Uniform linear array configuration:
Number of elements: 16
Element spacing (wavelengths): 0.5
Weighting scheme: hann
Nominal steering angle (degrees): -45
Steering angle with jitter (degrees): -46.766
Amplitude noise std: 0.05
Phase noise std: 0.05

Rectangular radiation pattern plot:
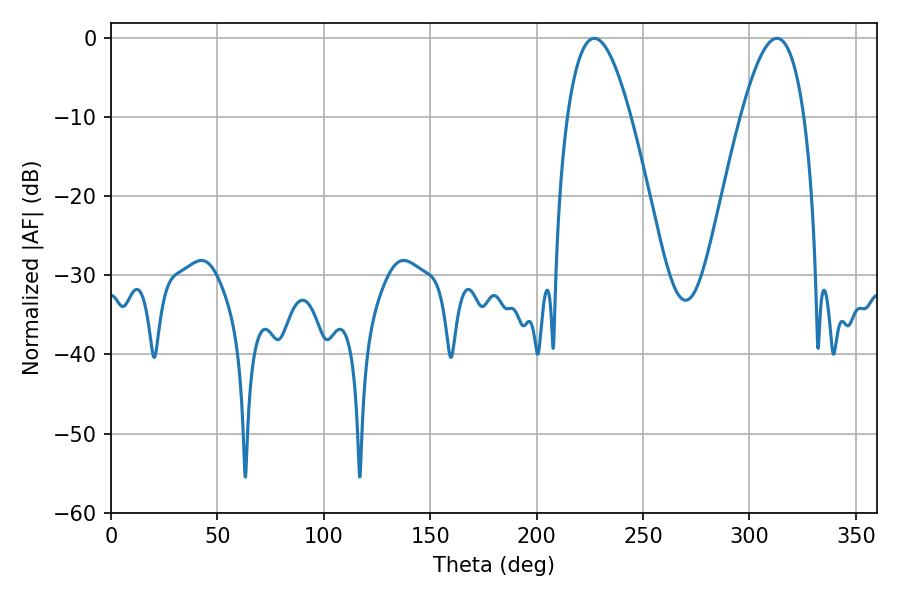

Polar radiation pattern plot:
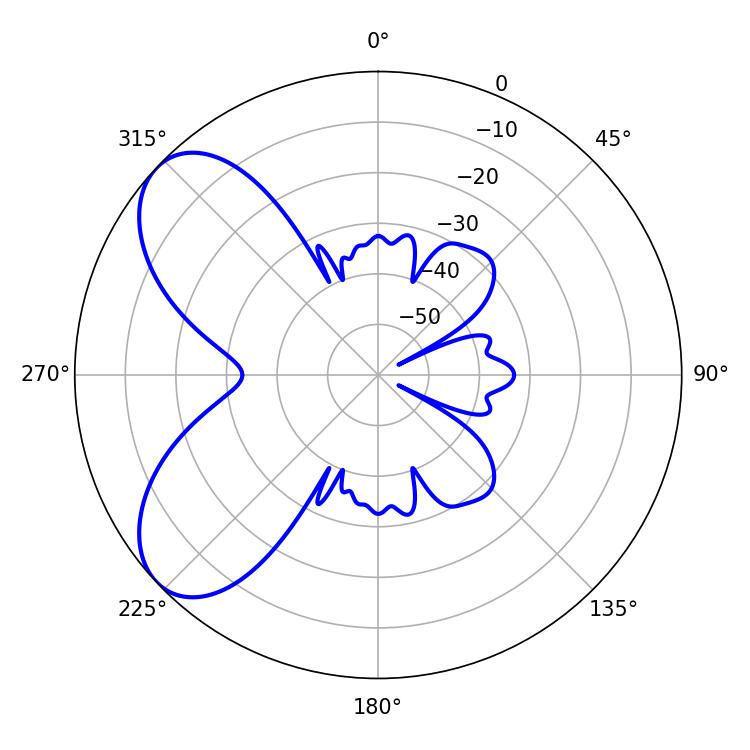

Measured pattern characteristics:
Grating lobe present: FALSE
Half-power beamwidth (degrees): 16.38
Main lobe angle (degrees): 312.84